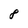
Character: 8